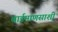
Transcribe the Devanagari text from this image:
बाईमाणसाशी